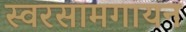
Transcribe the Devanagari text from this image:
स्वरसामगायन